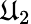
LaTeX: \mathfrak{U}_{2}